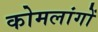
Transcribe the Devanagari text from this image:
कोमलांगों